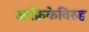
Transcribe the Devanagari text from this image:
आफ्रिकेविरुद्द